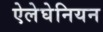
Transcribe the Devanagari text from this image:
ऐलेघेनियन